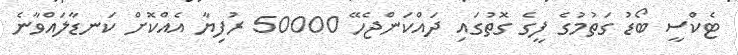
ޓެކްސީ ބޯޑު ގަތުމުގެ ފީގެ ގޮތުގައި ދައްކަންޖެހޭ 50000 ރުފިޔާ އެއްކޮށް ކަނޑާލައްވާނެ